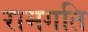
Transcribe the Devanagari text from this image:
रामगति